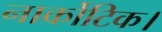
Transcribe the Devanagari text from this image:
नार्कोटिक।